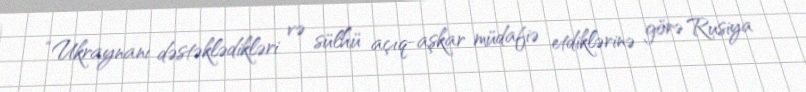
“Ukraynanı dəstəklədikləri və sülhü açıq-aşkar müdafiə etdiklərinə görə Rusiya